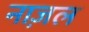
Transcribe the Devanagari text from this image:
नाज़ल